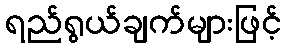
ရည်ရွယ်ချက်များဖြင့်